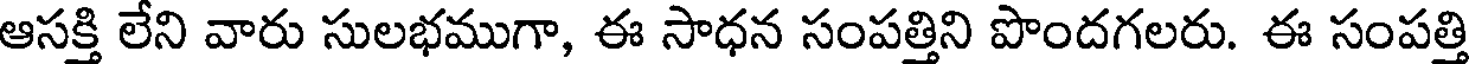
ఆసక్తి లేని వారు సులభముగా, ఈ సాధన సంపత్తిని పొందగలరు. ఈ సంపత్తి